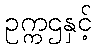
ဥက္ကဌနှင့်